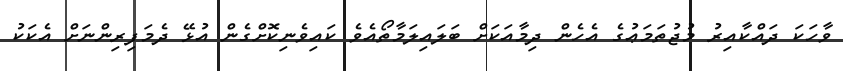
ވާހަކަ ދައްކާއިރު މުޖުތަމަޢުގެ އެހެން ދިމާއަކަށް ބަލައިލަމާތޯއެވެ ކައިވެނިކޮށްގެން އުޅޭ ދެމަފިރިންނަށް އެކަކު